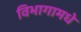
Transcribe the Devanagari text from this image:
विभागामधे